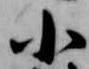
小